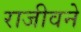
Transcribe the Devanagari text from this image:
राजीवने